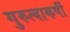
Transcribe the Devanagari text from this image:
गुरुत्वाकर्षी